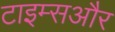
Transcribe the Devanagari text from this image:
टाइम्सऔर